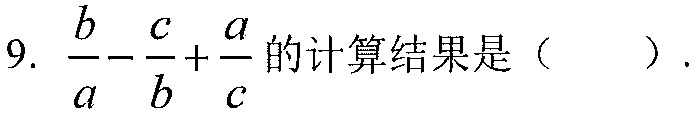
9. $\dfrac{b}{a}-\dfrac{c}{b}+\dfrac{a}{c}$的计算结果是（  ）.